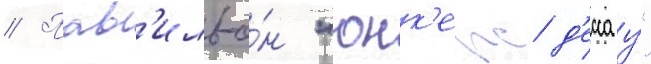
// Пав'ильо́н "юнк'ерс д'ессау"